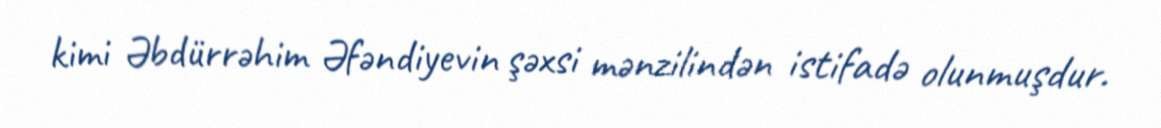
kimi Əbdürrəhim Əfəndiyevin şəxsi mənzilindən istifadə olunmuşdur.